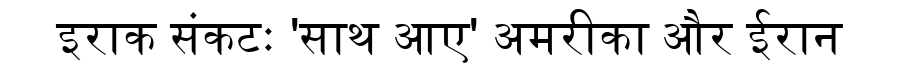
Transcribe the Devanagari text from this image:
इराक संकटः 'साथ आए' अमरीका और ईरान